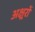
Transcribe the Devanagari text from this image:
अक्ष्ररों